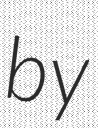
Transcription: by